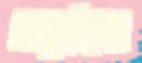
আয়ুর্বেদের